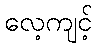
လေ့ကျင့်